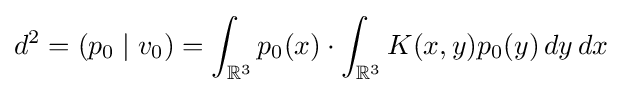
\displaystyle d^{2}=(p_{0}\mid v_{0})=\int _{\mathbb {R} ^{3}}p_{0}(x)\cdot \int _{{\mathbb {R} }^{3}}K(x,y)p_{0}(y)\,dy\,dx